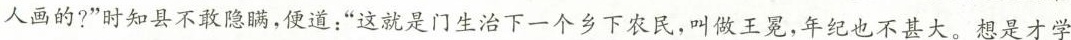
人画的?”时知县不敢隐瞒，便道；”这就是门生治下一个乡下农民，叫做王冕，年纪也不甚大。想是才学